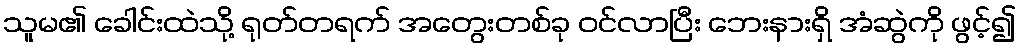
သူမ၏ ခေါင်းထဲသို့ ရုတ်တရက် အတွေးတစ်ခု ဝင်လာပြီး ဘေးနားရှိ အံဆွဲကို ဖွင့်၍